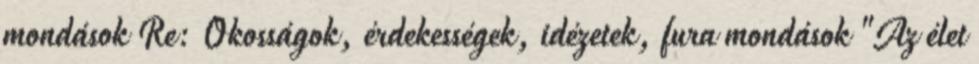
mondások Re: Okosságok, érdekességek, idézetek, fura mondások "Az élet